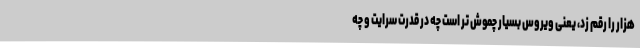
هزار را رقم زد، یعنی ویروس بسیار چموش تر است چه در قدرت سرایت و چه